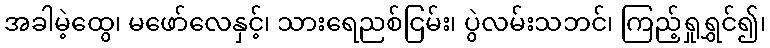
အခါမဲ့ထွေ၊ မဖော်လေနှင့်၊ သားရေညစ်ငြမ်း၊ ပွဲလမ်းသဘင်၊ ကြည့်ရှုရွှင်၍၊